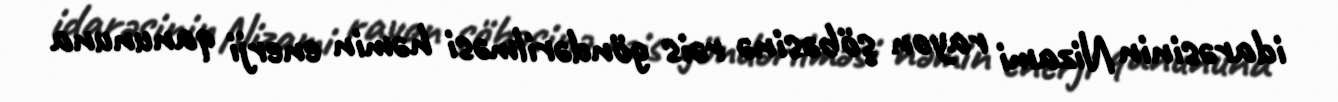
idarəsinin Nizami rayon şöbəsinə rəis göndərilməsi həmin enerji qanununa